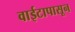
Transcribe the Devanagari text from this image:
वाईटापासून